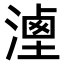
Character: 𣻶